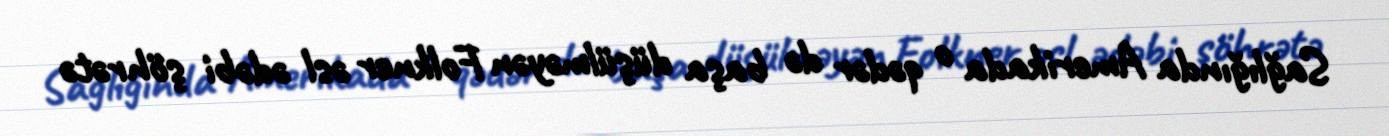
Sağlığında Amerikada o qədər də başa düşülməyən Folkner əsl ədəbi şöhrətə